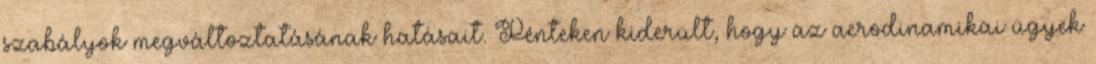
szabályok megváltoztatásának hatásait. Pénteken kiderült, hogy az aerodinamikai ügyek